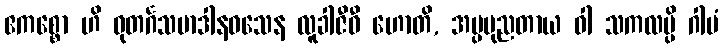
ဧကစ္စော ဟိ ဓုတင်္ဂသမာဒါနဝသေန လူခါဇီဝီ ဟောတိ, အပ္ပပုညတာယ ဝါ သကလမ္ပိ ဂါမံ